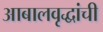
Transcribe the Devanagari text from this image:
आबालवृद्धांची